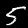
Label: 5